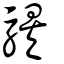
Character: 騃